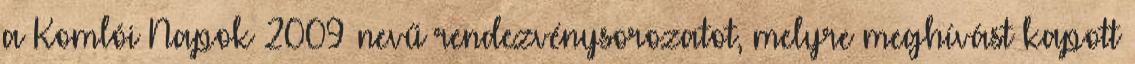
a Komlói Napok 2009 nevű rendezvénysorozatot, melyre meghívást kapott